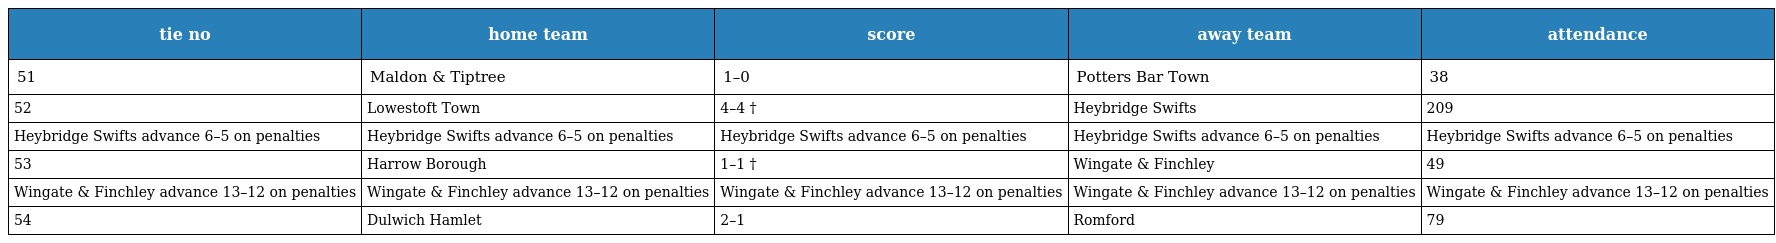
| tie no | home team | score | away team | attendance |
 | --- | --- | --- | --- | --- |
 | 51 | Maldon & Tiptree | 1–0 | Potters Bar Town | 38 |
 | 52 | Lowestoft Town | 4–4 † | Heybridge Swifts | 209 |
 | Heybridge Swifts advance 6–5 on penalties | Heybridge Swifts advance 6–5 on penalties | Heybridge Swifts advance 6–5 on penalties | Heybridge Swifts advance 6–5 on penalties | Heybridge Swifts advance 6–5 on penalties |
 | 53 | Harrow Borough | 1–1 † | Wingate & Finchley | 49 |
 | Wingate & Finchley advance 13–12 on penalties | Wingate & Finchley advance 13–12 on penalties | Wingate & Finchley advance 13–12 on penalties | Wingate & Finchley advance 13–12 on penalties | Wingate & Finchley advance 13–12 on penalties |
 | 54 | Dulwich Hamlet | 2–1 | Romford | 79 |